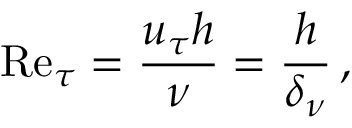
\ensuremath { \mathrm { R e } } _ { \tau } = \frac { u _ { \tau } h } { \nu } = \frac { h } { \delta _ { \nu } } \, ,